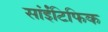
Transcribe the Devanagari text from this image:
सांईंटिफिक